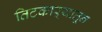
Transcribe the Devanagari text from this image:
तिटकाऱ्यातून